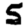
Digit: 5